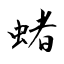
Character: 蝫